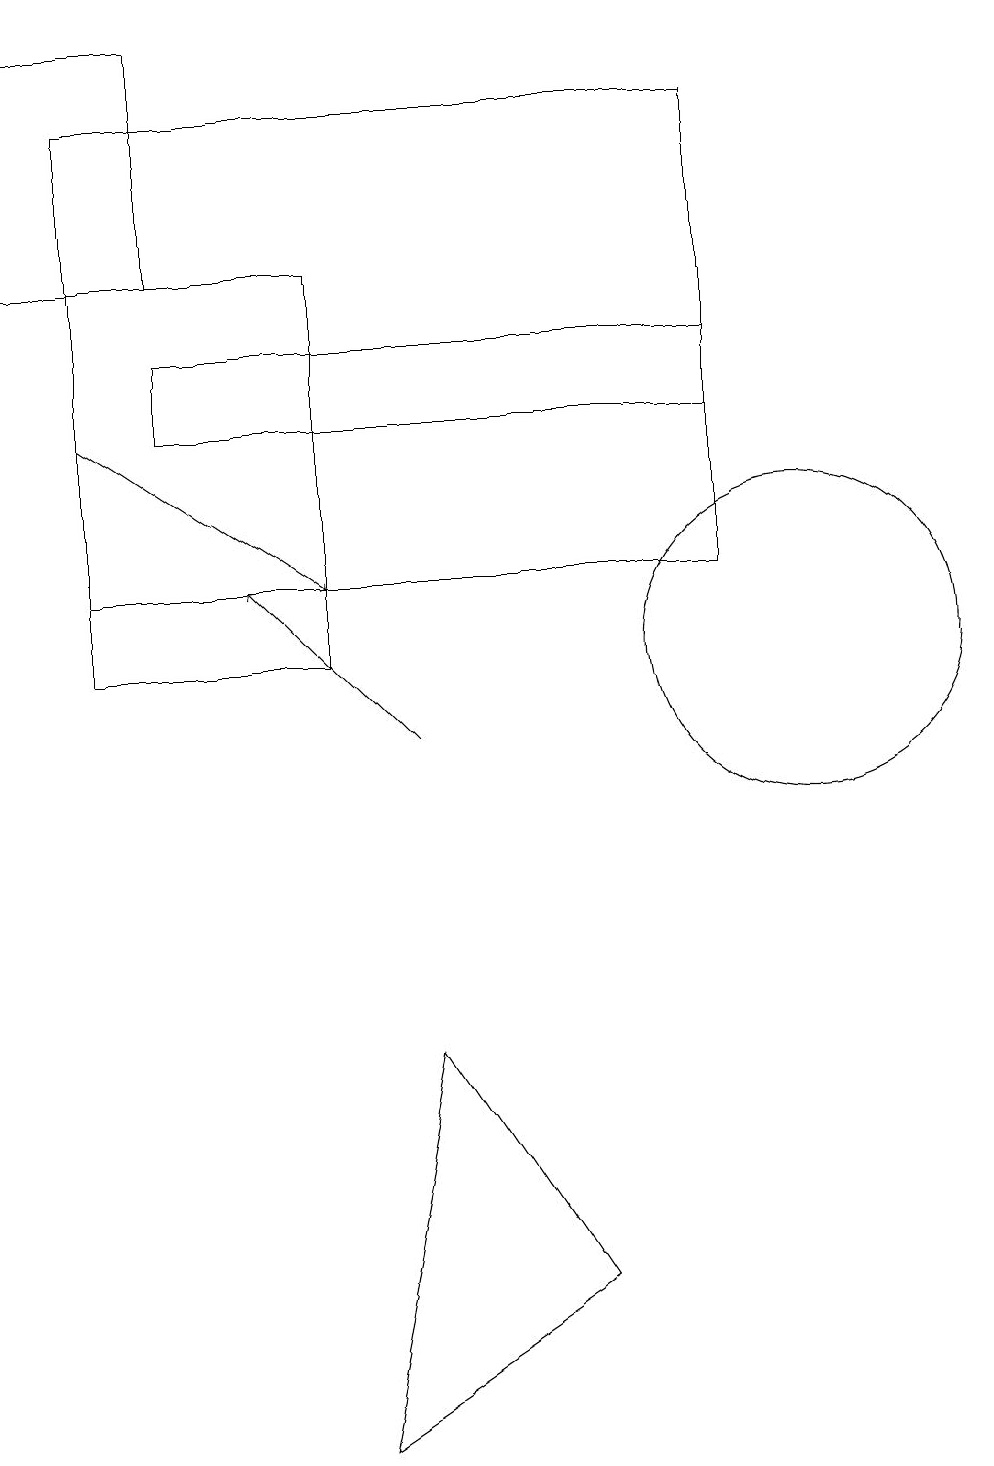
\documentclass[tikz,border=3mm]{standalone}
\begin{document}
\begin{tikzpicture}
\draw[->] (1,14) -- (4,12);
\draw (1,12) rectangle (9,18);
\draw (2,19) rectangle (0,16);
\draw (5,6) -- (4,1) -- (7,3) -- cycle;
\draw (10,11) circle (2);
\draw[->] (5,10) -- (3,12);
\draw (1,11) rectangle (4,16);
\draw (9,15) rectangle (2,14);
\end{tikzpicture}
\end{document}